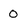
Character: 0